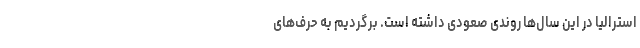
استرالیا در این سال‌ها روندی صعودی داشته است. برگردیم به حرف‌های